Indian journal of veterinary science and animal husbandry - Volume 13,
Year: 1943
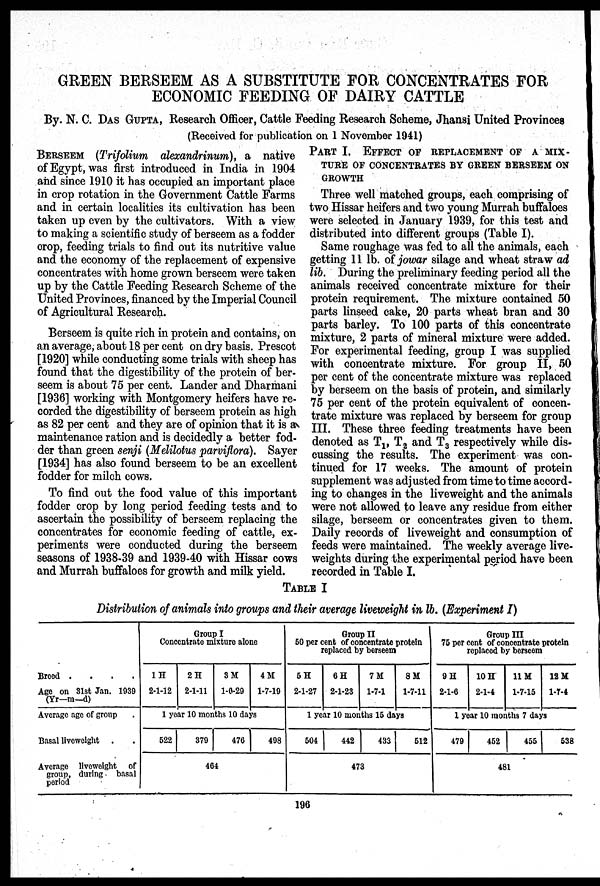
GREEN BERSEEM AS A SUBSTITUTE FOR CONCENTRATES FOR
ECONOMIC FEEDING OF DAIRY CATTLE
By. N. C. DAS GUPTA, Research Officer, Cattle Feeding Research Scheme, Jhansi United Provinces
(Received for publication on 1 November 1941)
BERSEEM (Trifolium alexandrinum), a native
of Egypt, was first introduced in India in 1904
and since 1910 it has occupied an important place
in crop rotation in the Government Cattle Farms
and in certain localities its cultivation has been
taken up even by the cultivators. With a view
to making a scientific study of berseem as a fodder
crop, feeding trials to find out its nutritive value
and the economy of the replacement of expensive
concentrates with home grown berseem were taken
up by the Cattle Feeding Research Scheme of the
United Provinces, financed by the Imperial Council
of Agricultural Research.
Berseem is quite rich in protein and contains, on
an average, about 18 per cent on dry basis. Prescot
[1920] while conducting some trials with sheep has
found that the digestibility of the protein of ber-
seem is about 75 per cent. Lander and Dharmani
[1936] working with Montgomery heifers have re-
corded the digestibility of berseem protein as high
as 82 per cent and they are of opinion that it is a
maintenance ration and is decidedly a better fod-
der than green senji (Melilotus parviflora). Sayer
[1934] has also found berseem to be an excellent
fodder for milch cows.
To find out the food value of this important
fodder crop by long period feeding tests and to
ascertain the possibility of berseem replacing the
concentrates for economic feeding of cattle, ex-
periments were conducted during the berseem
seasons of 1938-39 and 1939-40 with Hissar cows
and Murrah buffaloes for growth and milk yield.
PART I. EFFECT OF REPLACEMENT OF A MIX-
TURE OF CONCENTRATES BY GREEN BERSEEM ON
GROWTH
Three well matched groups, each comprising of
two Hissar heifers and two young Murrah buffaloes
were selected in January 1939, for this test and
distributed into different groups (Table I).
Same roughage was fed to all the animals, each
getting 11 lb. of jowar silage and wheat straw ad
lib. During the preliminary feeding period all the
animals received concentrate mixture for their
protein requirement. The mixture contained 50
parts linseed cake, 20 parts wheat bran and 30
parts barley. To 100 parts of this concentrate
mixture, 2 parts of mineral mixture were added.
For experimental feeding, group I was supplied
with concentrate mixture. For group II, 50
per cent of the concentrate mixture was replaced
by berseem on the basis of protein, and similarly
75 per cent of the protein equivalent of concen-
trate mixture was replaced by berseem for group
III. These three feeding treatments have been
denoted as T 1 , T 2 and T 3 respectively while dis-
cussing the results. The experiment was con-
tinued for 17 weeks. The amount of protein
supplement was adjusted from time to time accord-
ing to changes in the liveweight and the animals
were not allowed to leave any residue from either
silage, berseem or concentrates given to them.
Daily records of liveweight and consumption of
feeds were maintained. The weekly average live-
weights during the experimental period have been
recorded in Table I.
TABLE I
Distribution of animals into groups and their average liveweight in lb. (Experiment I)
Breed .
.
.
.
Age on 31st Jan. 1939
(Yr—m—d)
Average age of group .
Basal liveweight . .
Average liveweight of
group, during basal
period
Group I
Concentrate mixture alone
1H
2-1-12
2 H
2-1-11
3M
1-0-29
4 M
1-7-19
1 year 10 months 10 days
622
379
476
498
464
Group II
50 per cent of concentrate protein
replaced by berseem
5 H
2-1-27
6H
2-1-23
7M
1-7-1
8M
1-7-11
1 year 10 months 15 days
504
442
433
512
473
Group III
75 per cent of concentrate protein
replaced by berseem
9 H
2-1-0
10 H
2-1-4
11 M
1-7-15
12 M
1-7-4
1 year 10 months 7 days
479
452
455
538
481
196